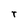
Character: r